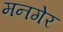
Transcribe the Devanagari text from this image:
मनगेर